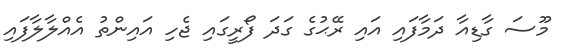
މޫސަ ގާޑިއާ ދަމާފައި އައި ރޭޙުގެ ގަދަ ފޯރީގައި ޖެހި އައިންތު އެއްލާލާފައި